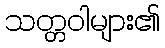
သတ္တဝါများ၏